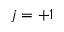
j = + 1